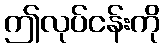
ဤလုပ်ငန်းကို